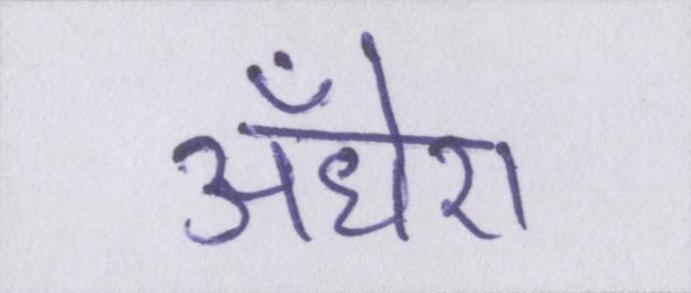
अँधेरा